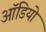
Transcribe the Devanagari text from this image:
आॅडियो